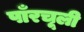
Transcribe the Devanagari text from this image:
पाँरचूली